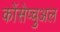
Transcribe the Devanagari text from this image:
कोंसेप्चुअल